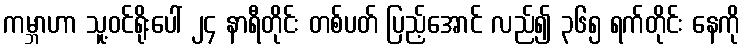
ကမ္ဘာဟာ သူ့ဝင်ရိုးပေါ် ၂၄ နာရီတိုင်း တစ်ပတ် ပြည့်အောင် လည်၍ ၃၆၅ ရက်တိုင်း နေကို